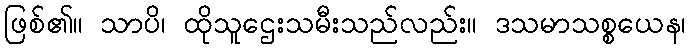
ဖြစ်၏။ သာပိ၊ ထိုသူဌေးသမီးသည်လည်း။ ဒသမာသစ္စယေန၊